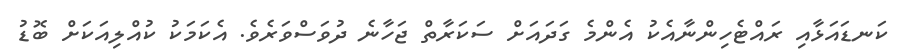
ކަނޑައަޅާއި ރައްޓެހިންނާއެކު އެންމެ ގަދައަށް ސަކަރާތް ޖަހާނެ ދުވަސްވަރެވެ. އެކަމަކު ކުއްލިއަކަށް ބޮޑު